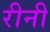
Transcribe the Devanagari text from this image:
रीनी